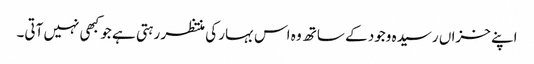
اپنے خزاں رسیدہ وجود کے ساتھ وہ اس بہار کی منتظر رہتی ہے جو کبھی نہیں آتی۔